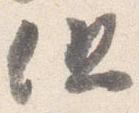
但